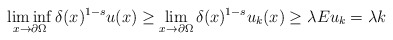
\begin{align*}\liminf_{x\to\partial\Omega}\delta(x)^{1-s}u(x)\geq\lim_{x\to\partial\Omega}\delta(x)^{1-s}u_k(x)\geq \lambda Eu_k=\lambda k\end{align*}